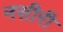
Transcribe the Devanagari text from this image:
नसीरी